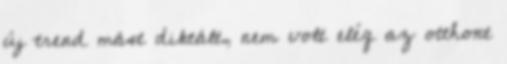
új trend mást diktált, nem volt elég az otthont